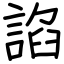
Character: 諂